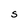
Character: S